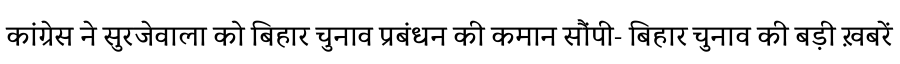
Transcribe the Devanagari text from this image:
कांग्रेस ने सुरजेवाला को बिहार चुनाव प्रबंधन की कमान सौंपी- बिहार चुनाव की बड़ी ख़बरें